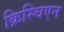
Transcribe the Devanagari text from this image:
क्रिस्चिएन